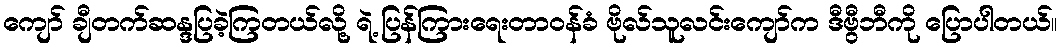
ကျော် ချီတက်ဆန္ဒပြခဲ့ကြတယ်လို့ ရဲ့ ပြန်ကြားရေးတာဝန်ခံ ဗိုလ်သူလင်းကျော်က ဒီဗွီဘီကို ပြောပါတယ်။